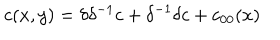
LaTeX: c ( x , y ) = \delta \delta ^ { - 1 } c + \delta ^ { - 1 } \delta c + c _ { 0 0 } ( x )